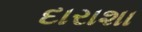
દારાશા